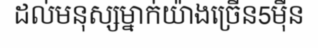
ដល់មនុស្សម្នាក់យ៉ាងច្រើន5ម៉ឺន